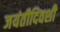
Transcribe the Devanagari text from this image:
जयंतीदिवशी